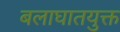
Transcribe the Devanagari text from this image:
बलाघातयुक्त